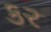
કર